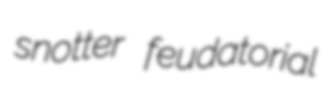
snotter feudatorial